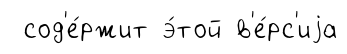
сод'е́ржит э́той в'е́рс'иjа